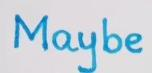
Maybe